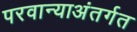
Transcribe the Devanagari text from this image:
परवान्याअंतर्गत